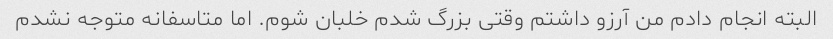
البته انجام دادم من آرزو داشتم وقتی بزرگ شدم خلبان شوم. اما متاسفانه متوجه نشدم